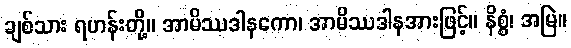
ချစ်သား ရဟန်းတို့။ အာမိဿဒါနကော၊ အာမိဿဒါနအားဖြင့်။ နိစ္စံ၊ အမြဲ။